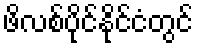
ဖိလစ်ပိုင်နိုင်ငံတွင်